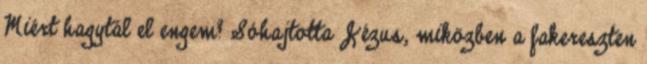
Miért hagytál el engem? Sóhajtotta Jézus, miközben a fakereszten